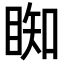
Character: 𥇭